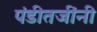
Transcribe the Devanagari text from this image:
पंडीतजींनी